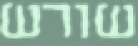
שורש